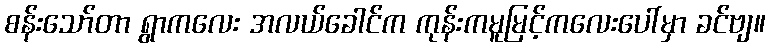
စန်းသော်တာ ရွာကလေး အလယ်ခေါင်က ကုန်းကမူမြင့်ကလေးပေါ်မှာ ခင်ဗျ။